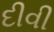
દીવી